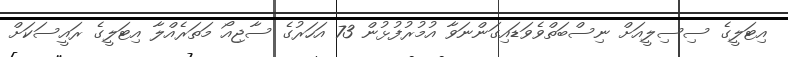
އިޓަލީގެ ސިސިލީއަށް ނިސްބަތްވެވަޑައިގަންނަވާ އުމުރުފުޅުން 73 އަހަރުގެ ސާޖިއޯ މަތަރެއްލާ އިޓަލީގެ ރައީސަކަށް